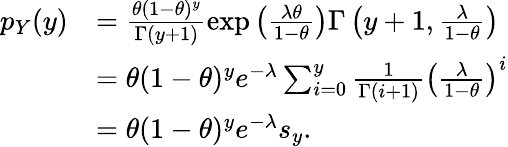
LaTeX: \begin{array}{rl}{p_{Y}(y)}&{=\frac{\theta{(1-\theta)^{y}}}{\Gamma(y+1)}\exp{\left(\frac{\lambda\theta}{1-\theta}\right)}{\Gamma\left(y+1,\frac{\lambda}{1-\theta}\right)}}\\ &{=\theta{(1-\theta)^{y}}e^{-\lambda}\sum_{i=0}^{y}\frac{1}{\Gamma(i+1)}\left(\frac{\lambda}{1-\theta}\right)^{i}}\\ &{=\theta{(1-\theta)^{y}}e^{-\lambda}s_{y}.}\end{array}